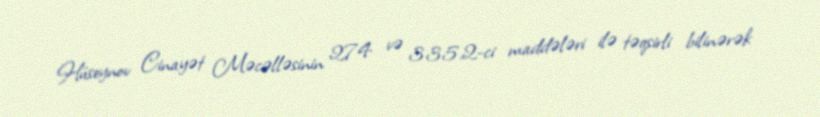
Hüseynov Cinayət Məcəlləsinin 274 və 335.2-ci maddələri ilə təqsirli bilinərək